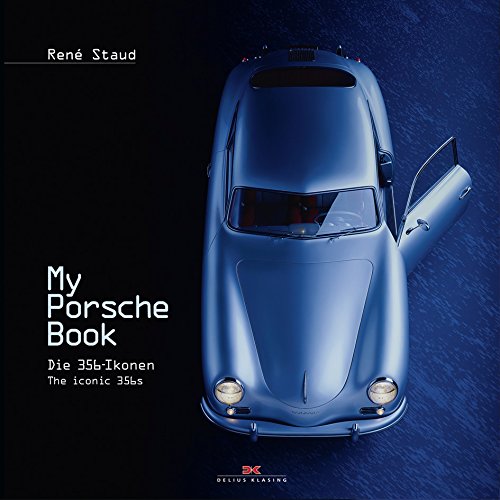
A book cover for My Porsche Book: Die 356-Ikonen (English and German Edition); RenÃ© Staud; Engineering & Transportation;